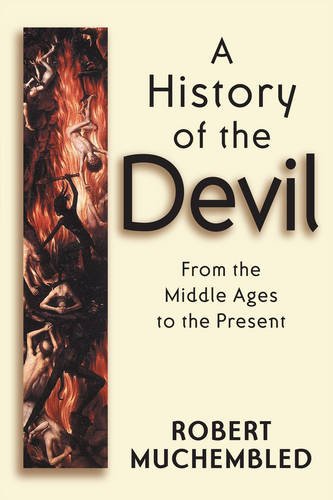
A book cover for A History of the Devil: From the Middle Ages to the Present; Robert Muchembled; Religion & Spirituality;